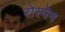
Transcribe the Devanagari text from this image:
रोस्पेन